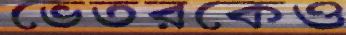
ভেতরকেও